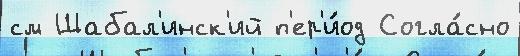
см Шабал'инск'ий п'ер'и́од Согла́сно